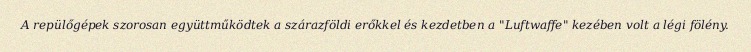
A repülőgépek szorosan együttműködtek a szárazföldi erőkkel és kezdetben a "Luftwaffe" kezében volt a légi fölény.